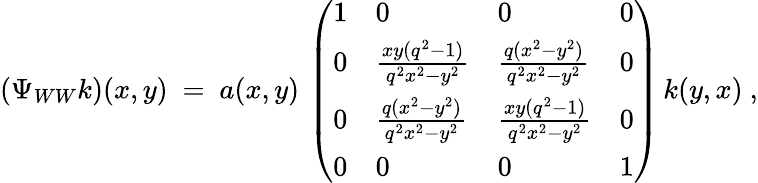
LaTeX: (\Psi_{WW}k)(x,y)\ =\ a(x,y)\, \left(\begin{array}{llll}{{1}}&{{0}}&{{0}}&{{0}}\\ {{0}}&{{\frac{xy(q^{2}-1)}{q^{2}x^{2}-y^{2}}}}&{{\frac{q(x^{2}-y^{2})}{q^{2}x^{2}-y^{2}}}}&{{0}}\\ {{0}}&{{\frac{q(x^{2}-y^{2})}{q^{2}x^{2}-y^{2}}}}&{{\frac{xy(q^{2}-1)}{q^{2}x^{2}-y^{2}}}}&{{0}}\\ {{0}}&{{0}}&{{0}}&{{1}}\end{array}\right)\, k(y,x)\ ,